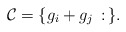
\begin{align*}\mathcal{C}=\{g_i+g_j\,:\,\}.\end{align*}